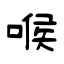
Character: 喉